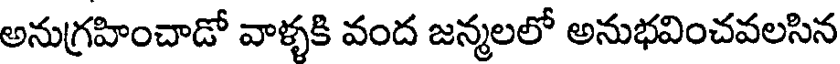
అనుగ్రహించాడో వాళ్ళకి వంద జన్మలలో అనుభవించవలసిన